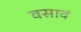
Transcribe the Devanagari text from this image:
वसावं